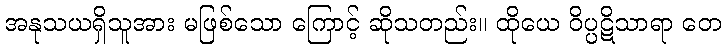
အနုသယရှိသူအား မဖြစ်သော ကြောင့် ဆိုသတည်း။ ထိုယေ ဝိပ္ပဋိသာရာ တေ